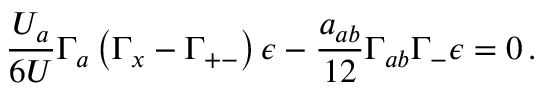
{ \frac { U _ { a } } { 6 U } } \Gamma _ { a } \left( \Gamma _ { x } - \Gamma _ { + - } \right) \epsilon - { \frac { a _ { a b } } { 1 2 } } \Gamma _ { a b } \Gamma _ { - } \epsilon = 0 \, .